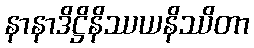
နာနာဒိဋ္ဌိနိဿယနိဿိတာ